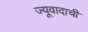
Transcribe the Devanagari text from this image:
ज्यूवादाची